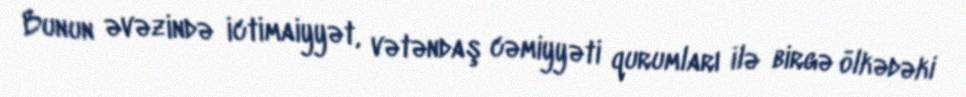
Bunun əvəzində ictimaiyyət, vətəndaş cəmiyyəti qurumları ilə birgə ölkədəki